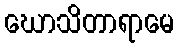
ဃောသိတာရာမေ